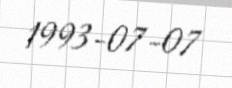
1993-07-07